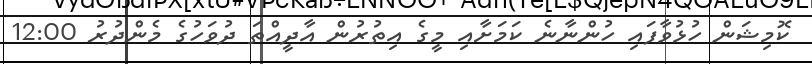
ކޮމިޝަން ހުޅުވާފައި ހުންނާނެ ކަމަށާއި މީގެ އިތުރުން އާދީއްތަ ދުވަހުގެ މެންދުރު 12:00